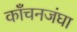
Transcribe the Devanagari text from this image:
काँचनजंघा